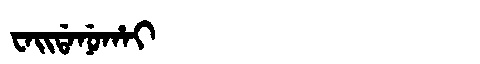
Manchu: ᠸᠠᡳᡩᠠᠨᡠᡥᠠᡳ
Romanization: WAIDANUHAI